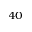
^ { 4 0 }